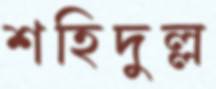
শহিদুল্ল